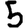
Digit: 5